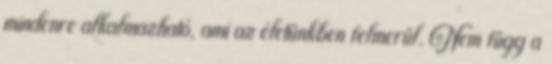
mindenre alkalmazható, ami az életünkben felmerül. Nem függ a